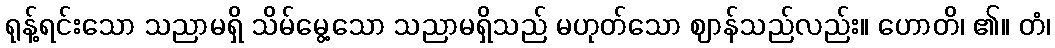
ရုန့်ရင်းသော သညာမရှိ သိမ်မွေ့သော သညာမရှိသည် မဟုတ်သော ဈာန်သည်လည်း။ ဟောတိ၊ ၏။ တံ၊